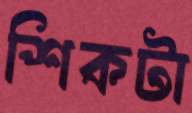
শিকটা